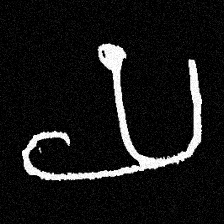
Pyu character \u2014 Myanmar letter: ယ (romanized: ya)